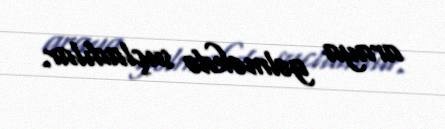
araya gəlməkdə suçladılar.